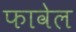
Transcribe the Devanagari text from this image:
फावेल